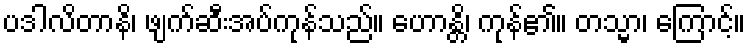
ပဒါလိတာနိ၊ ဖျက်ဆီးအပ်ကုန်သည်။ ဟောန္တိ၊ ကုန်၏။ တသ္မာ၊ ကြောင့်။